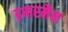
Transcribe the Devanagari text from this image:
इमरमैन